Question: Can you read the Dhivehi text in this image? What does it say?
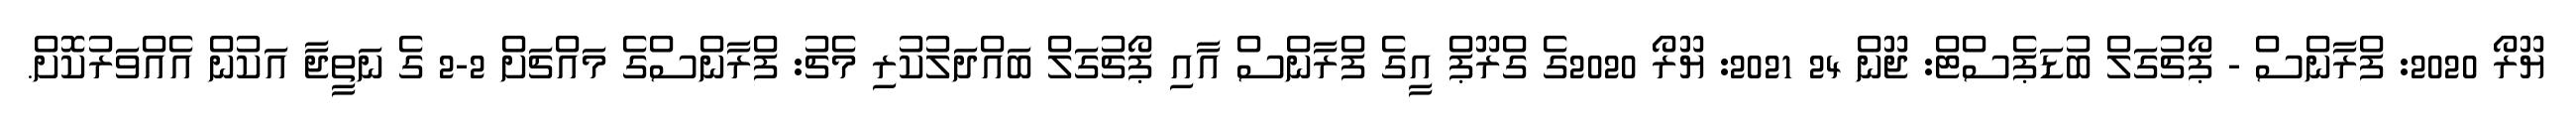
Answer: ޔޫރޯ 2020: ފްރާންސް - ޕޯޗުގަލް ބުޑަޕެސްޓް: ޖޫން 24 2021: ޔޫރޯ 2020ގެ ގްރޫޕް އީގެ ފްރާންސް އާއި ޕޯޗުގަލް ބައްދަލުކުރި މެޗު: ފްރާންސްގެ މައްޗަށް 2-2 ގެ ނަތީޖާ އަކުން އެއްވަރުކޮށް.